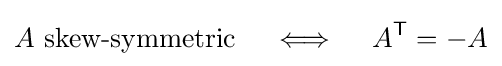
A{\text{ skew-symmetric}}\quad \iff \quad A^{\textsf {T}}=-A